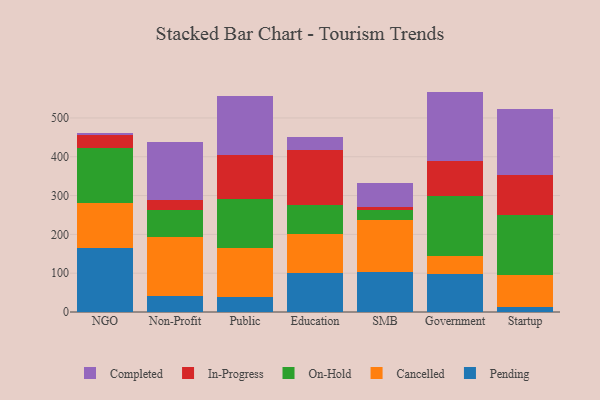
{"axis": {"x": "Segment", "y": "Humidity (%)"}, "legend": ["Cancelled", "Completed", "In-Progress", "On-Hold", "Pending"], "data": [{"x": "NGO", "y": 164.3, "type": "Pending"}, {"x": "NGO", "y": 115.6, "type": "Cancelled"}, {"x": "NGO", "y": 141.7, "type": "On-Hold"}, {"x": "NGO", "y": 34.2, "type": "In-Progress"}, {"x": "NGO", "y": 6.2, "type": "Completed"}, {"x": "Non-Profit", "y": 41.6, "type": "Pending"}, {"x": "Non-Profit", "y": 151.0, "type": "Cancelled"}, {"x": "Non-Profit", "y": 69.8, "type": "On-Hold"}, {"x": "Non-Profit", "y": 25.7, "type": "In-Progress"}, {"x": "Non-Profit", "y": 149.7, "type": "Completed"}, {"x": "Public", "y": 37.5, "type": "Pending"}, {"x": "Public", "y": 127.4, "type": "Cancelled"}, {"x": "Public", "y": 125.4, "type": "On-Hold"}, {"x": "Public", "y": 115.3, "type": "In-Progress"}, {"x": "Public", "y": 152.0, "type": "Completed"}, {"x": "Education", "y": 100.2, "type": "Pending"}, {"x": "Education", "y": 101.0, "type": "Cancelled"}, {"x": "Education", "y": 73.6, "type": "On-Hold"}, {"x": "Education", "y": 142.0, "type": "In-Progress"}, {"x": "Education", "y": 33.0, "type": "Completed"}, {"x": "SMB", "y": 103.1, "type": "Pending"}, {"x": "SMB", "y": 134.6, "type": "Cancelled"}, {"x": "SMB", "y": 24.7, "type": "On-Hold"}, {"x": "SMB", "y": 9.1, "type": "In-Progress"}, {"x": "SMB", "y": 59.9, "type": "Completed"}, {"x": "Government", "y": 97.3, "type": "Pending"}, {"x": "Government", "y": 46.7, "type": "Cancelled"}, {"x": "Government", "y": 155.8, "type": "On-Hold"}, {"x": "Government", "y": 88.6, "type": "In-Progress"}, {"x": "Government", "y": 179.5, "type": "Completed"}, {"x": "Startup", "y": 12.4, "type": "Pending"}, {"x": "Startup", "y": 83.7, "type": "Cancelled"}, {"x": "Startup", "y": 153.4, "type": "On-Hold"}, {"x": "Startup", "y": 104.8, "type": "In-Progress"}, {"x": "Startup", "y": 168.5, "type": "Completed"}]}